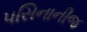
પસિનાનીજ